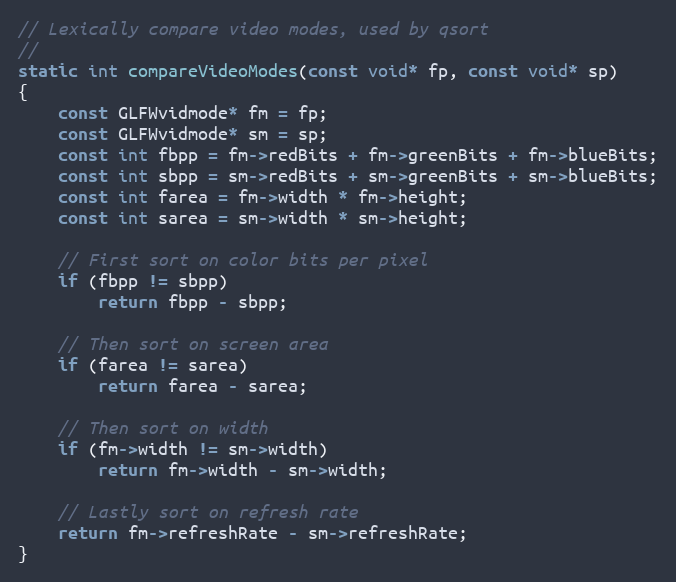
Language: C
// Lexically compare video modes, used by qsort
//
static int compareVideoModes(const void* fp, const void* sp)
{
    const GLFWvidmode* fm = fp;
    const GLFWvidmode* sm = sp;
    const int fbpp = fm->redBits + fm->greenBits + fm->blueBits;
    const int sbpp = sm->redBits + sm->greenBits + sm->blueBits;
    const int farea = fm->width * fm->height;
    const int sarea = sm->width * sm->height;

    // First sort on color bits per pixel
    if (fbpp != sbpp)
        return fbpp - sbpp;

    // Then sort on screen area
    if (farea != sarea)
        return farea - sarea;

    // Then sort on width
    if (fm->width != sm->width)
        return fm->width - sm->width;

    // Lastly sort on refresh rate
    return fm->refreshRate - sm->refreshRate;
}